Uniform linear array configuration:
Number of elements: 32
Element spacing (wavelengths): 0.25
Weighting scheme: binomial
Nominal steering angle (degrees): -30
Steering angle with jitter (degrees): -29.402
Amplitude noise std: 0.05
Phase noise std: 0.05

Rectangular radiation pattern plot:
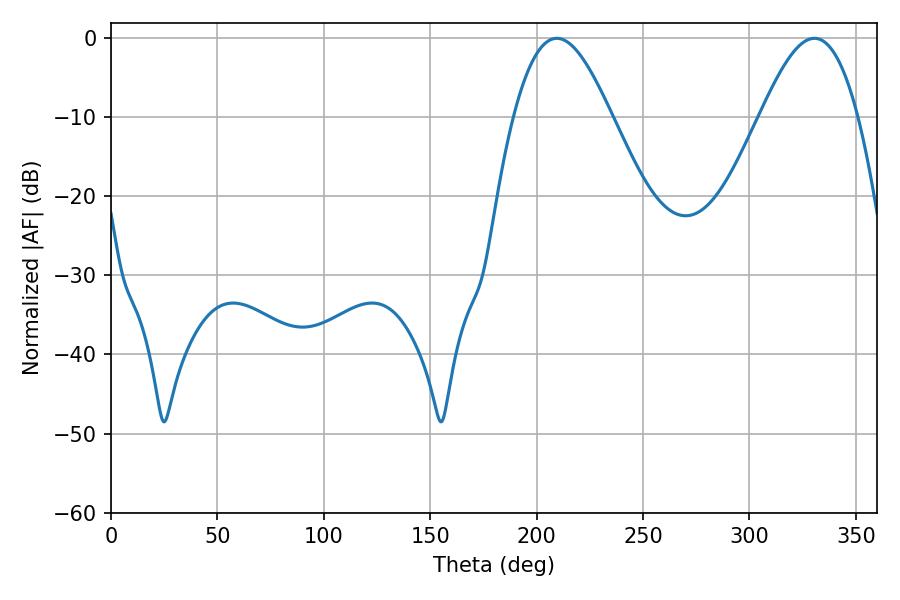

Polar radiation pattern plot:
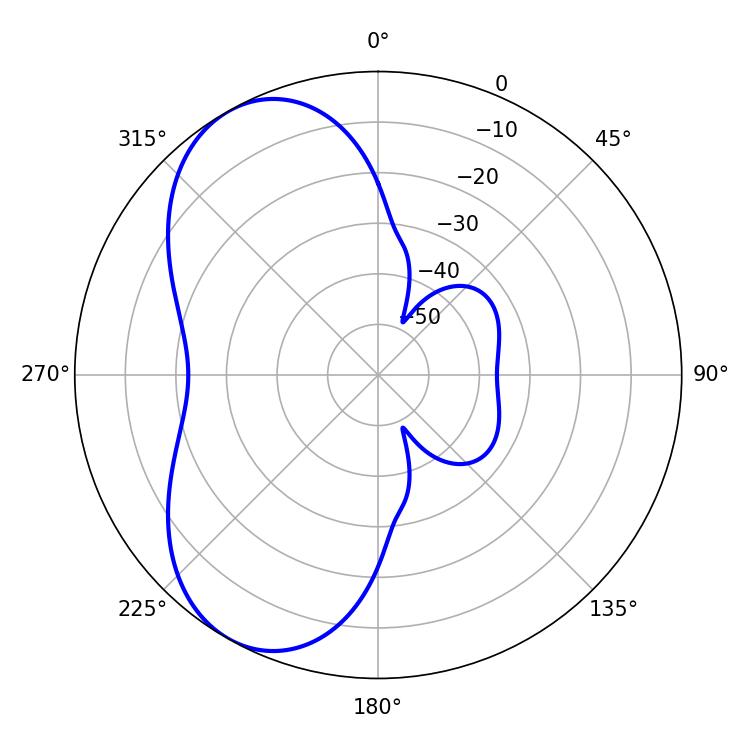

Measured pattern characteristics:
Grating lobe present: FALSE
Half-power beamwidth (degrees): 24.84
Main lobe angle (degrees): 209.52